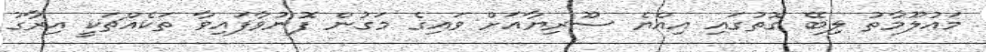
މައުލޫމާތު ލިބޭ ގޮތުގައި އިއްޔެ ސޫރިޔާއަށް ވައިގެ މަގުން ފޮނުވާފައިވާ ތަކެއްޗަކީ އިރާގު